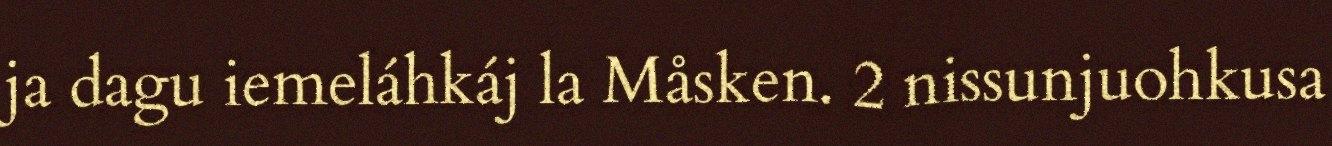
ja dagu iemeláhkáj la Måsken. 2 nissunjuohkusa